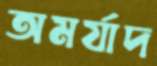
অমর্যাদ